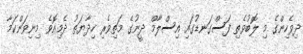
ދިވެހިންގެ މި ލޮބުވެތި ފަސްގަނޑުގައި އިސްލާމް ދީނުގެ މަތިވެރި ހިދާޔަތު ދެމިއޮވެ މިނިވަންކަމާ